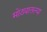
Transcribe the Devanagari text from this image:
मोठ्यातल्या